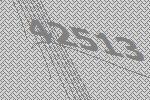
42513